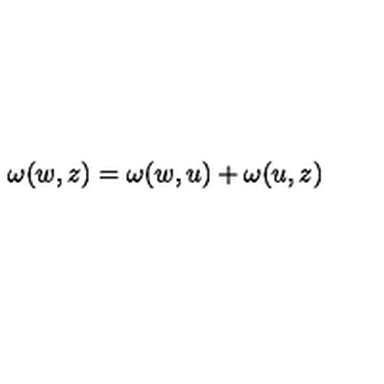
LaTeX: \omega ( w , z ) = \omega ( w , u ) + \omega ( u , z )